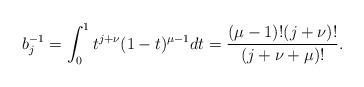
LaTeX: \begin{align*} b_j^{-1} = \int_0^1 t^{j+\nu} (1-t)^{\mu-1} dt = \frac{(\mu-1)!(j+\nu)!}{(j+\nu + \mu)!}.\end{align*}